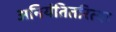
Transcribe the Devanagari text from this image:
अनियंतितरित्या